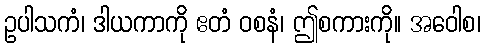
ဥပါသကံ၊ ဒါယကာကို ဧတံ ဝစနံ၊ ဤစကားကို။ အဝေါစ၊